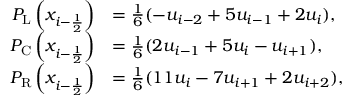
\begin{array} { r l } { P _ { \mathrm { L } } \left( x _ { i - \ensuremath { { \frac { 1 } { 2 } } } } \right) } & { = \frac { 1 } { 6 } ( - u _ { i - 2 } + 5 u _ { i - 1 } + 2 u _ { i } ) , } \\ { P _ { \mathrm { C } } \left( x _ { i - \ensuremath { { \frac { 1 } { 2 } } } } \right) } & { = \frac { 1 } { 6 } ( 2 u _ { i - 1 } + 5 u _ { i } - u _ { i + 1 } ) , } \\ { P _ { \mathrm { R } } \left( x _ { i - \ensuremath { { \frac { 1 } { 2 } } } } \right) } & { = \frac { 1 } { 6 } ( 1 1 u _ { i } - 7 u _ { i + 1 } + 2 u _ { i + 2 } ) , } \end{array}